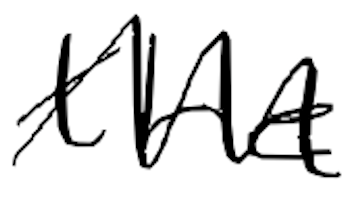
Text: the
Cross-out: zig-zag
Writing tool: digital_black